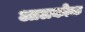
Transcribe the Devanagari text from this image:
आलकोक